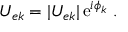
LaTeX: U _ { e k } = | U _ { e k } | \, \mathrm { e } ^ { i \phi _ { k } } \; .